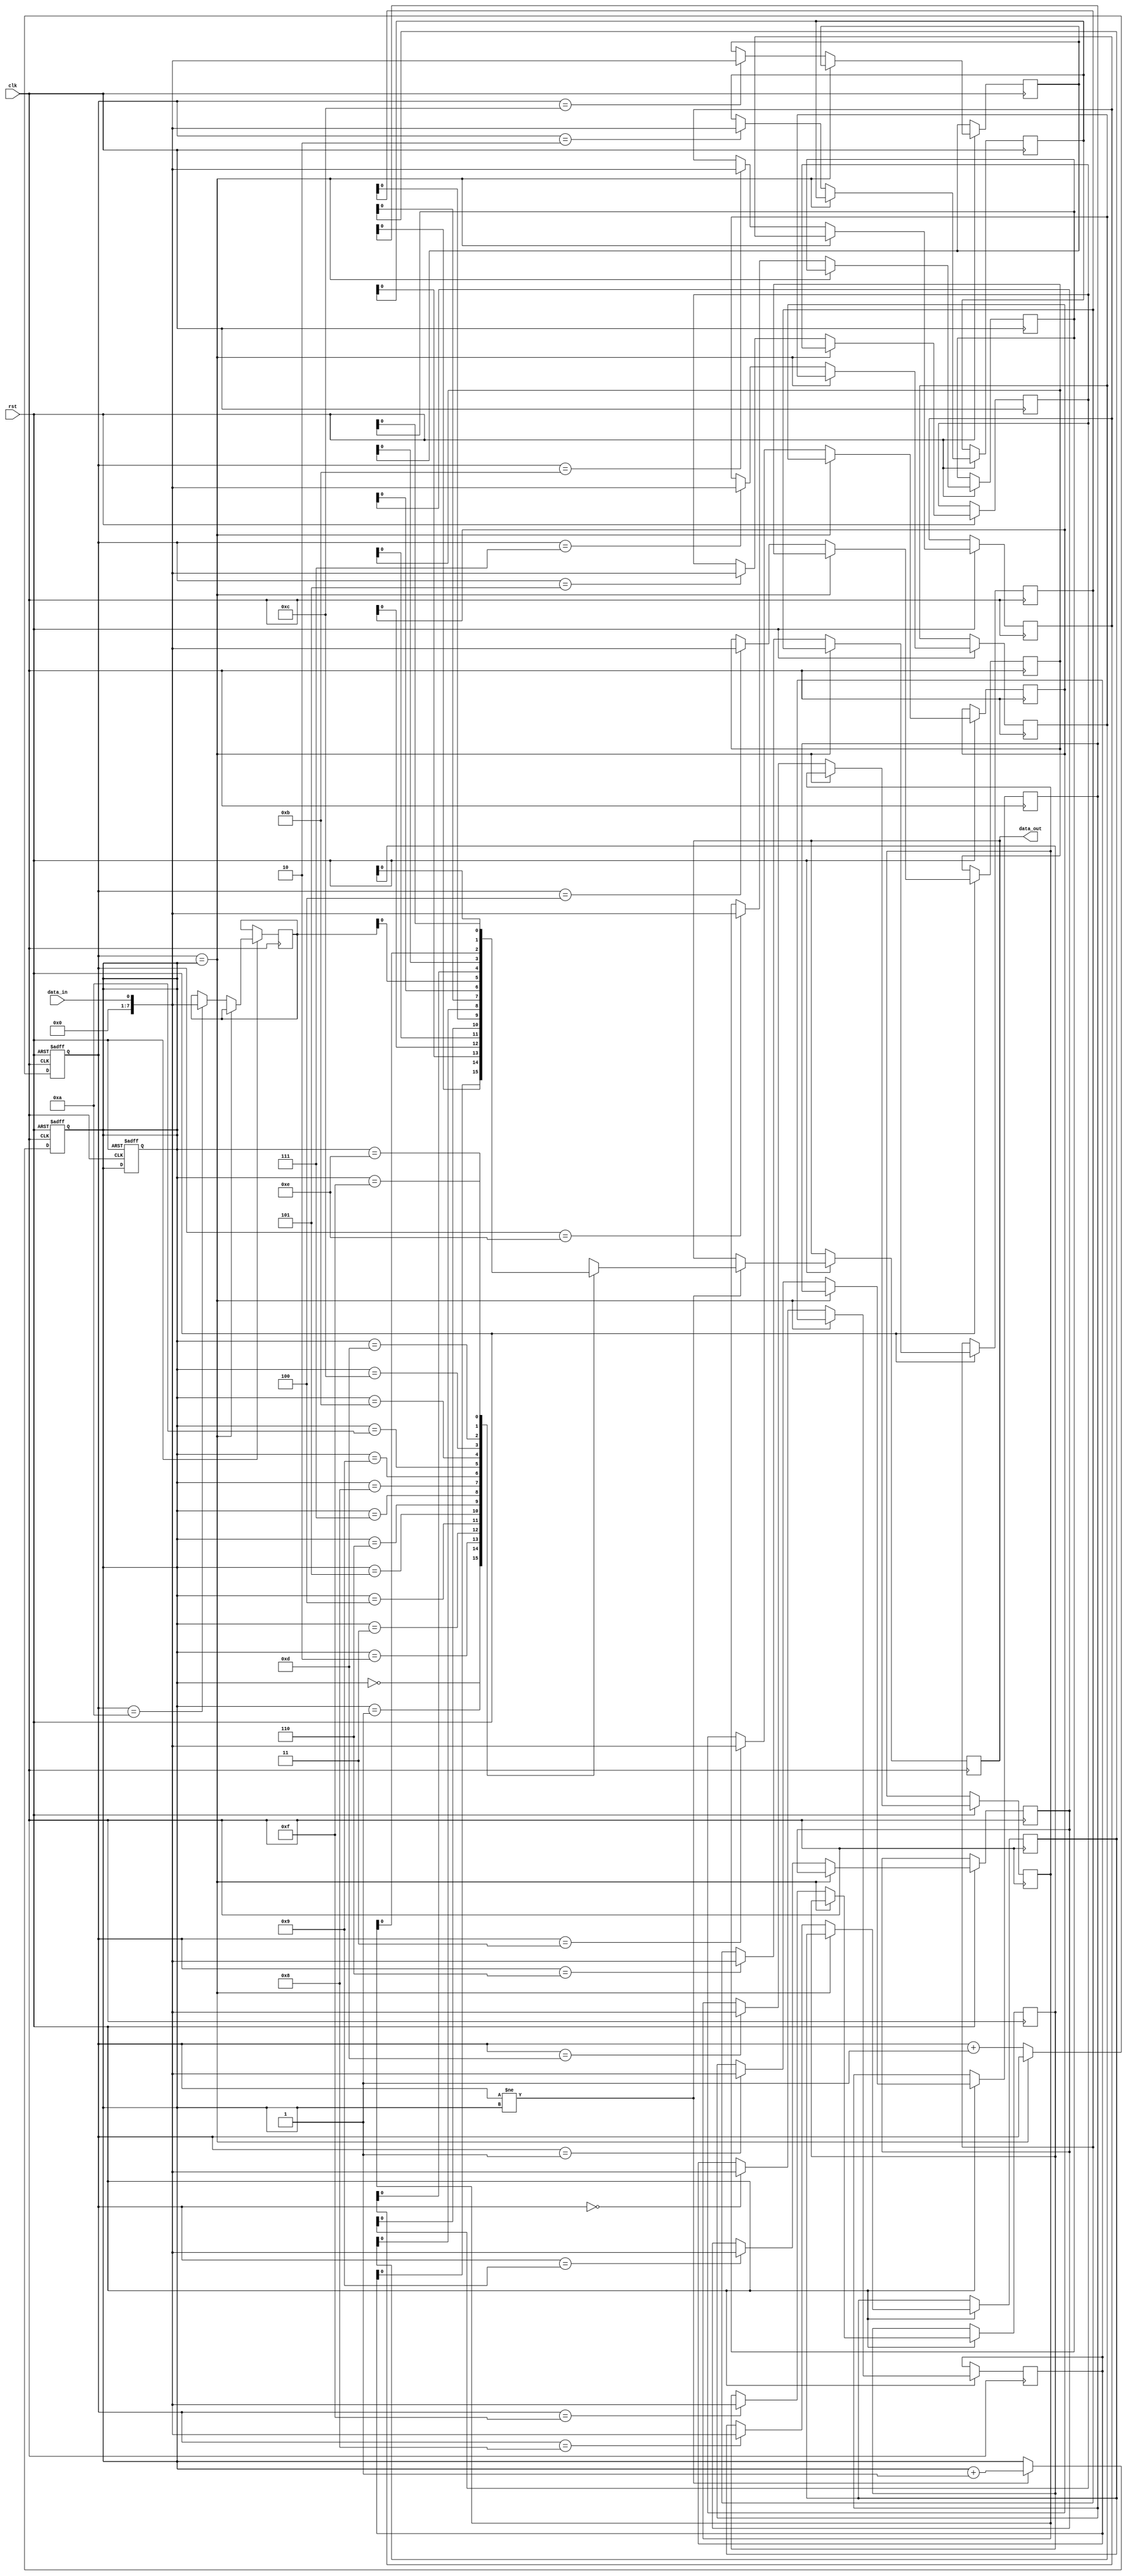
module edge_sensitive_fifo(
    input wire clk,
    input wire rst,
    input wire data_in,
    output wire data_out
);

reg [7:0] buffer [0:15]; // 8-bit buffer with 16 entries
reg [3:0] write_ptr;
reg [3:0] read_ptr;

always @(posedge clk or negedge rst) begin
    if (!rst) begin
        write_ptr <= 4'd0; // Reset write pointer
        read_ptr <= 4'd0; // Reset read pointer
    end else begin
        if (write_ptr == read_ptr) // Buffer is full
            $display("Buffer is full, data loss may occur");
        else begin
            buffer[write_ptr] <= data_in; // Write data to buffer
            write_ptr <= write_ptr + 1; // Update write pointer
        end
    end
end

always @(posedge clk or negedge rst) begin
    if (!rst) begin
        read_ptr <= 4'd0; // Reset read pointer
    end else begin
        if (write_ptr != read_ptr) begin // Buffer is not empty
            data_out <= buffer[read_ptr]; // Read data from buffer
            read_ptr <= read_ptr + 1; // Update read pointer
        end
    end
end

endmodule